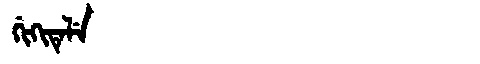
Manchu: ᡤᡳᡴᡳᡨᡝᠯᡝ
Romanization: GIKITELE